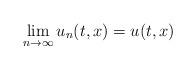
LaTeX: \begin{align*}\lim_{n\to\infty} u_n(t,x)=u(t,x)\end{align*}